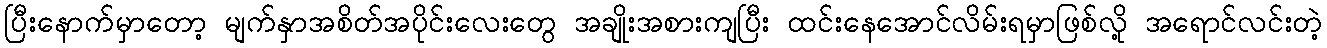
ပြီးနောက်မှာတော့ မျက်နှာအစိတ်အပိုင်းလေးတွေ အချိုးအစားကျပြီး ထင်းနေအောင်လိမ်းရမှာဖြစ်လို့ အရောင်လင်းတဲ့